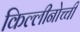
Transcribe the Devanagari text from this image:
किल्लीनोच्ची